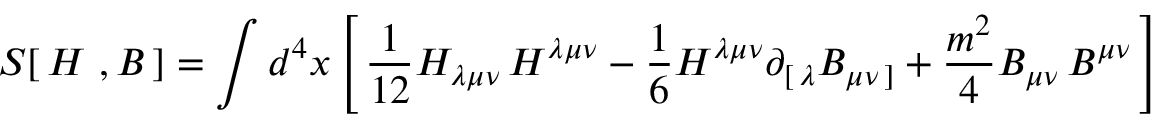
S [ \, H \ , B \, ] = \int d ^ { 4 } x \left[ \, { \frac { 1 } { 1 2 } } H _ { \lambda \mu \nu } \, H ^ { \lambda \mu \nu } - { \frac { 1 } { 6 } } H ^ { \lambda \mu \nu } \partial _ { [ \, \lambda } B _ { \mu \nu \, ] } + { \frac { m ^ { 2 } } { 4 } } B _ { \mu \nu } \, B ^ { \mu \nu } \, \right]